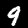
Label: 9